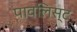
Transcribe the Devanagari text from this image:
पावलिस्ट